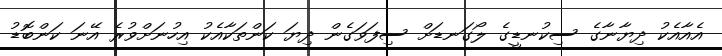
އެއާއެކު ދިޔާނާގެ ސިކުނޑީގެ ލޯގަނޑަށް ސިފަވަގެެން ދިޔަ ކަންތަކާއެކު އިހުނަށްވުރެ އޭނަ ކަންބޮޑު